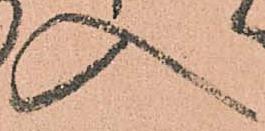
入